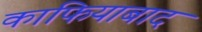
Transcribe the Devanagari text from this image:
काफियाबाद